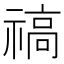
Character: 禞